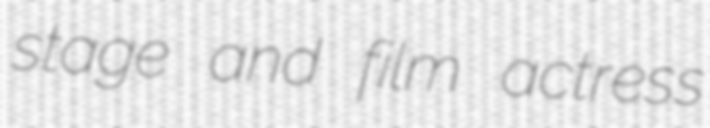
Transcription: stage and film actress